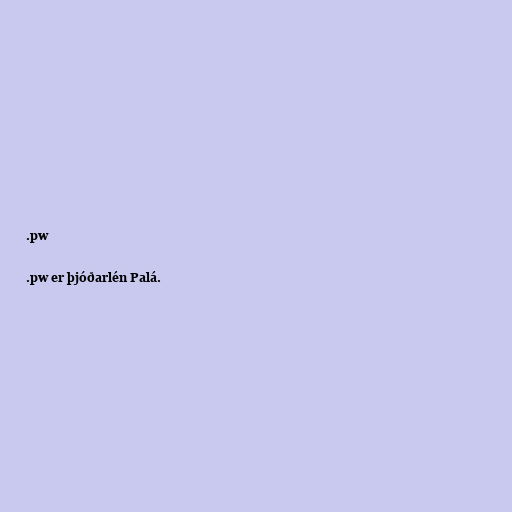
.pw

.pw er þjóðarlén Palá.